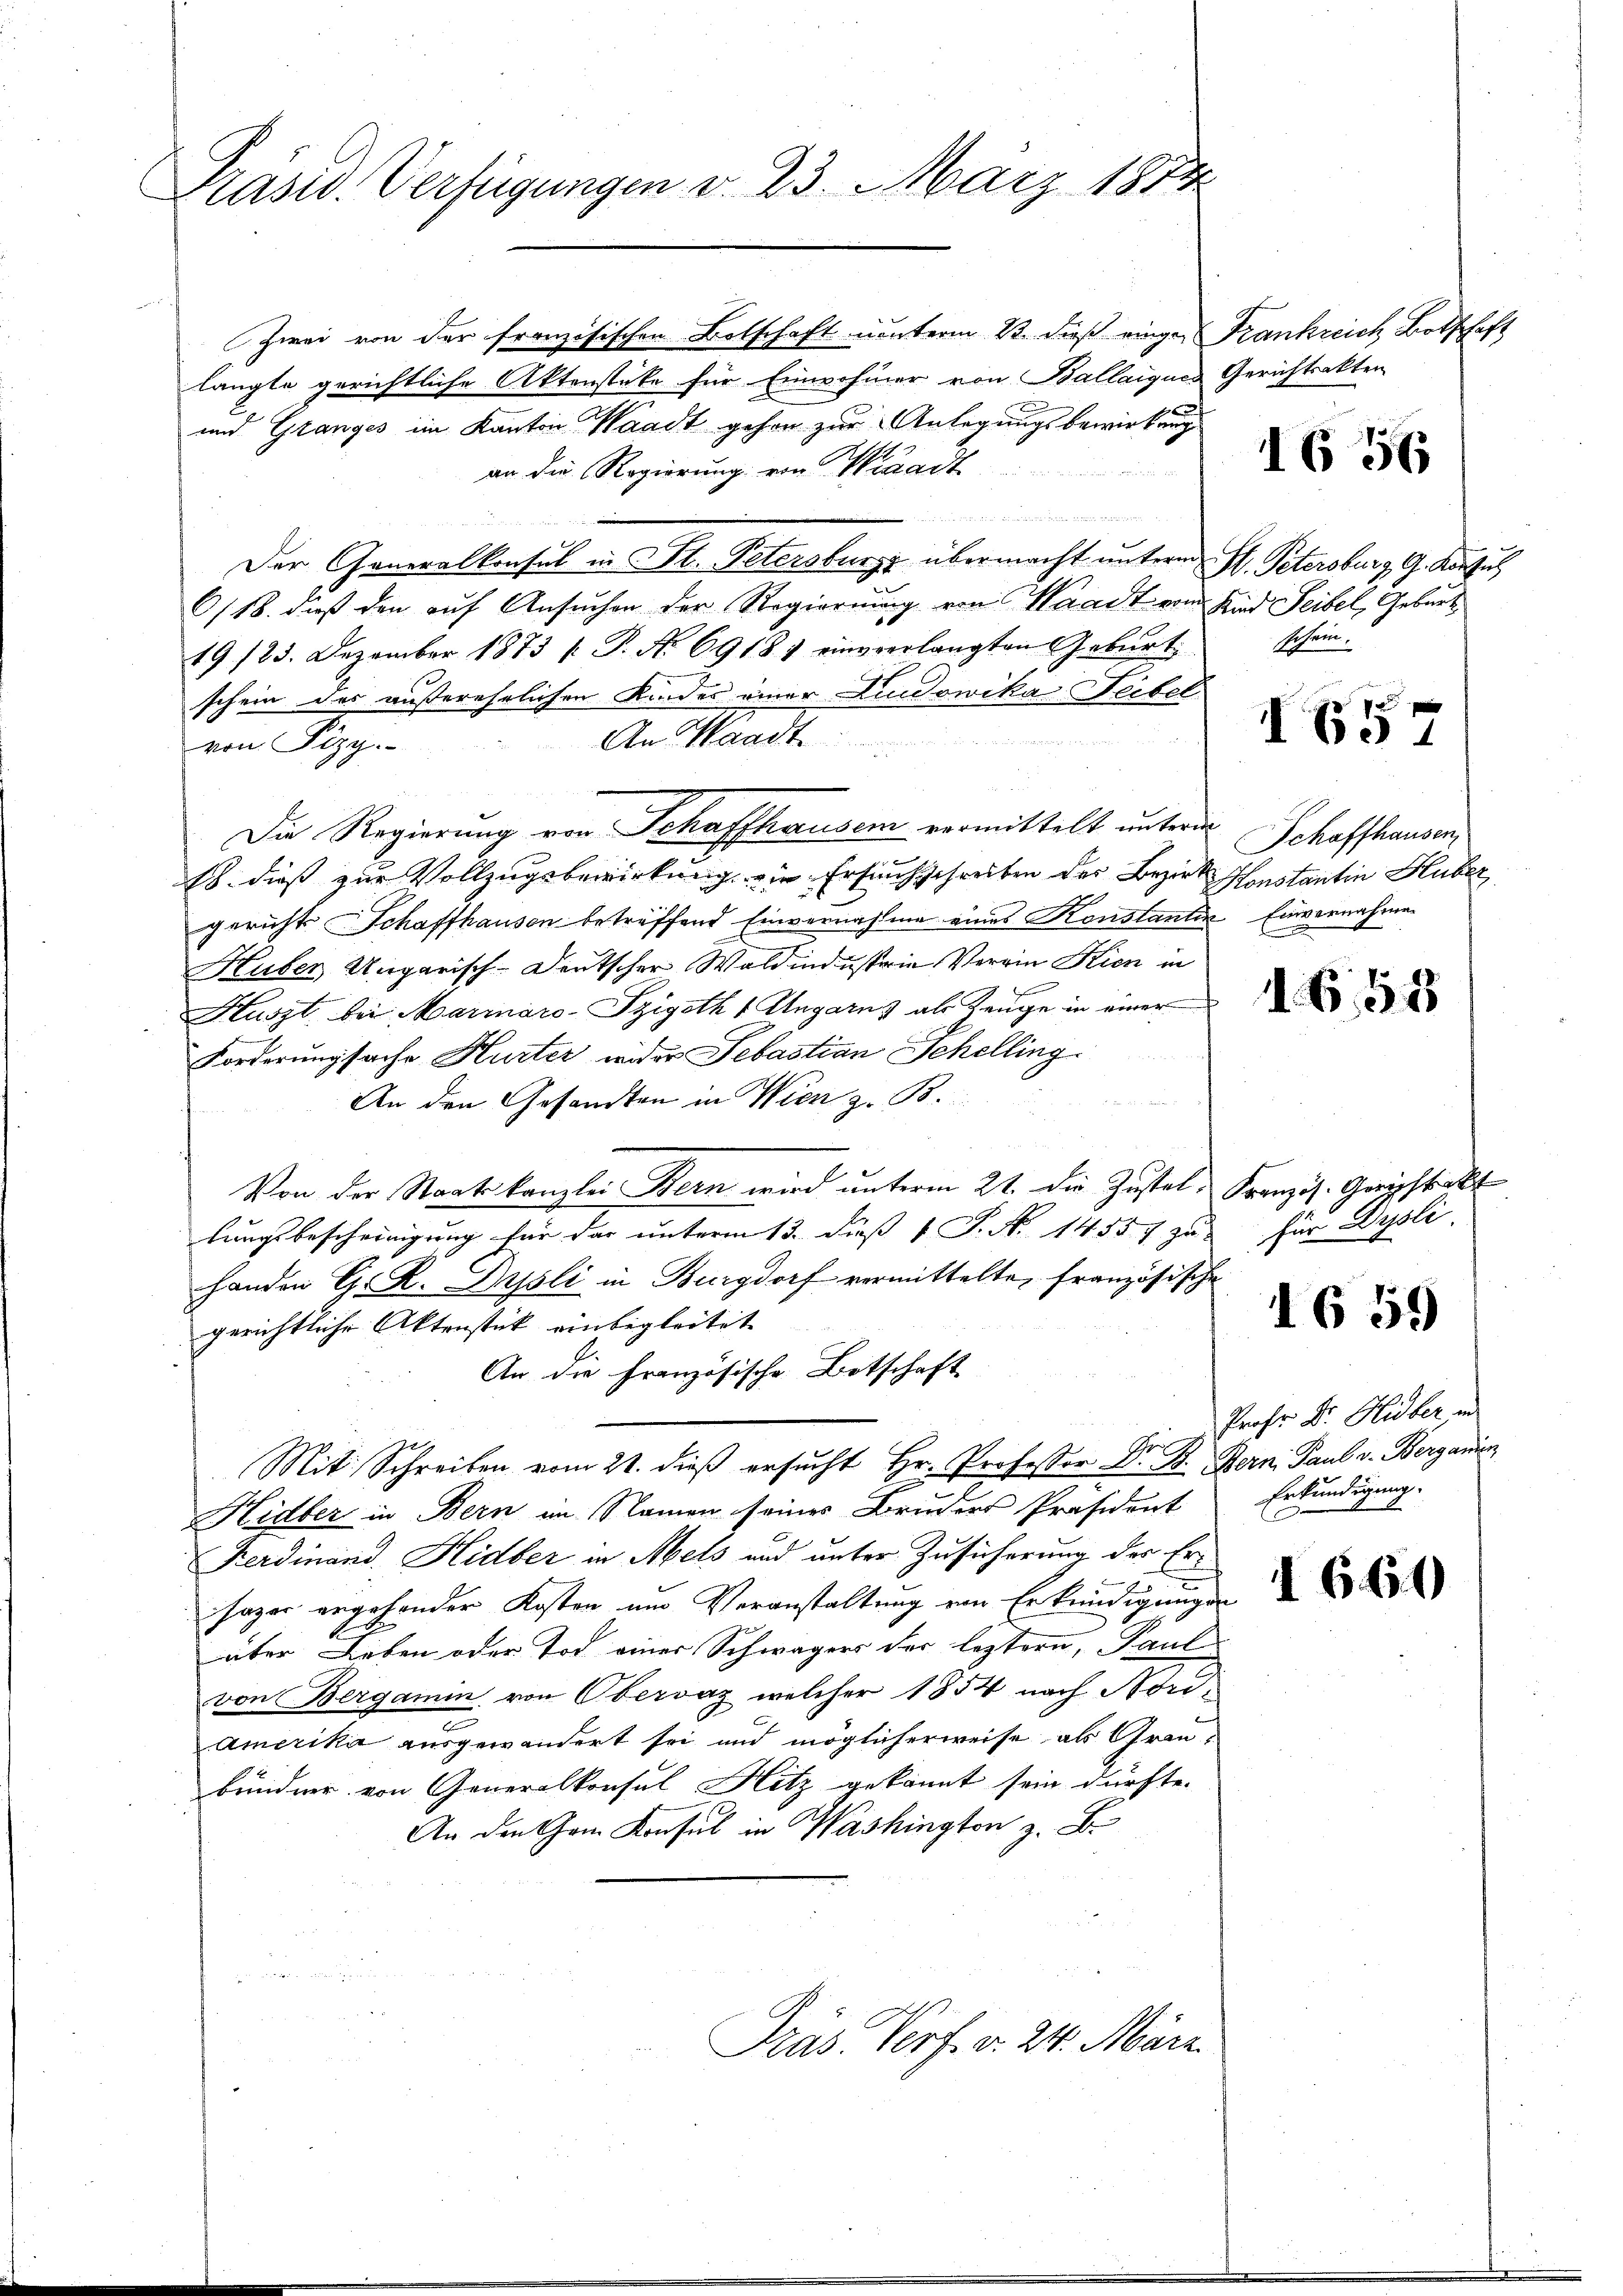
Präsid. Verfügungen v. 23. März 1874

Zwei von der französischen Botschaft unterm 2ten dieß einger Frankreich Botschaft
langte gerichtliche Aktenstüke für Einwohner von Ballaigues Gerichtsakten
und Granges im Kanton Waadt gehen zur Anlegungsbewirkung
an die Regierung von Waadt
n
Der Generalkonsul in St. Petersburg übermacht unterm St. Petersburg, G. Kurzus
6/18. dieß den auf Ansuchen der Regierung von Waadt vom Kind Seibel, Geburt
19 123. Dezember 1873 [ P. No 6918 1 einverlangten Geburt
schein des außerehrlichen Kindes einer Ludowika Feibel
An Waadt
von Ilzy.
18. dieß zur Vollzugsbewirkung ein Ersuchsschreiben des Bezirk Monstantin Huber
gericht Schaffhausen betreffend Einvernahme eines Konstantin Einvernahmen
Huber Ungarisch-deutscher Waldindustrie Verrin Kien in
i
Huszt bei Mariaro-Szigoth 1 Ungarn & als Zeuge in einer
Forderungsache Hurter wider Sebastian Schelling.
An den Gesandten in Wien z. B.
Von der Staatskanzlei Stern wird unterm 21. die Zustel, Französ. Greistickt
lungsbescheinigung für das unterm 13. dieß 1 S. N. 14557 zu für Dysli
Handen G. R. Prjsli in Burgdorf vermittelte, französische
gerichtliche Aktenstück einbegleitet
An die Französische Botschaft
Gr
Mit Schreiben vom 21. dieß ersucht Hr. Professor D. B. Bern. Paul v. Berganisc
Hidber in Bern im Namen seines Bruders Präsident
Ferdinand. Hidber in Mels und unter Zusicherung der Er¬
Jazer ergehender Kosten um Veranstaltung von Erkundigungen
über Leben oder Tod einer Schwägers der leztern, Paul
von Bergamin von Obervaz, welcher 1854 nach Nori¬
Amerika ausgewandert sei und möglicherweise als Grenbündner von Generalkonsul Hitz gekannt sein dürfte.
An den Gam Konsul in Washington z. B.
Präs. Verf. v. 24. März.

Die Regierung von Schaffhausen vormittelt unterm

1656

schein.

I69 1

Schaffhausen

1. 655

1659

Prof. Dr. Hidber in
Erkundigung.

I 660